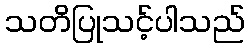
သတိပြုသင့်ပါသည်